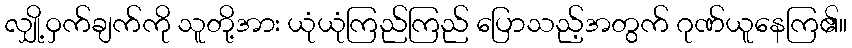
လျှို့ဝှက်ချက်ကို သူတို့အား ယုံယုံကြည်ကြည် ပြောသည့်အတွက် ဂုဏ်ယူနေကြ၏။